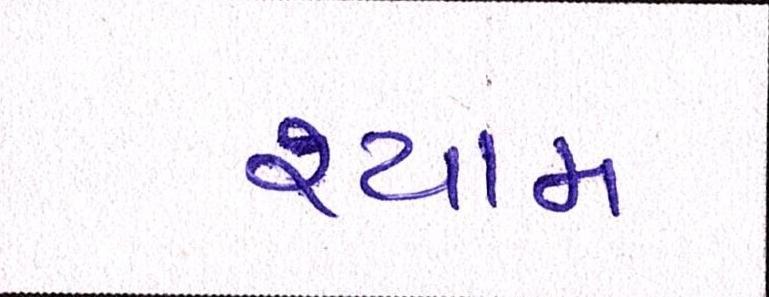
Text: શ્યામ